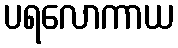
ပရလောကာယ